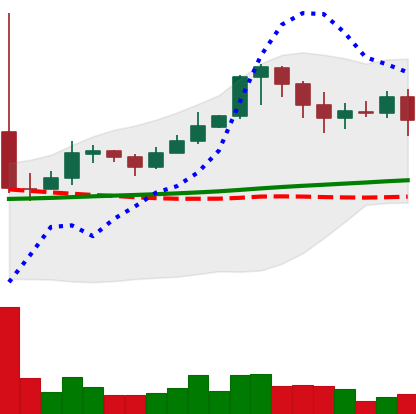
Ticker: XRP-USD
Chart end date: 2021-02-20
Forward return: -16.036%
Label: down_7plus